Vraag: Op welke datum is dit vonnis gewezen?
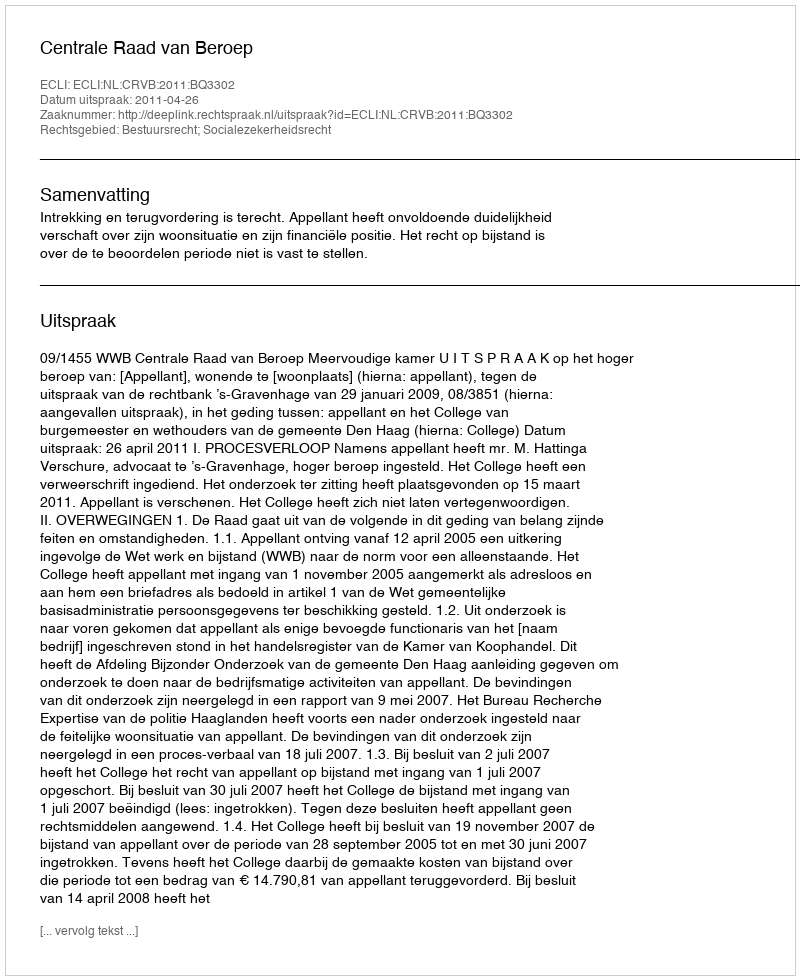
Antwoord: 2011-04-26